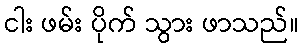
ငါး ဖမ်း ပိုက် သွား ဖာသည်။